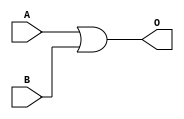
module Or8bit
(
	input [7:0]A,
	input [7:0]B,
	output [7:0]O

);

assign O[7:0]=A[7:0]|B[7:0];



endmodule